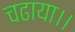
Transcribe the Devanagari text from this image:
चढाया।।